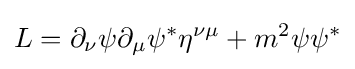
L=\partial _{\nu }\psi \partial _{\mu }\psi ^{*}\eta ^{\nu \mu }+m^{2}\psi \psi ^{*}